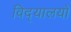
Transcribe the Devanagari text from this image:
विद्‌यालयों